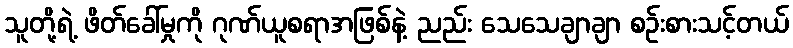
သူတို့ရဲ့ ဖိတ်ခေါ်မှုကို ဂုဏ်ယူစရာအဖြစ်နဲ့ ညည်း သေသေချာချာ စဉ်းစားသင့်တယ်